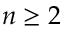
n \geq 2